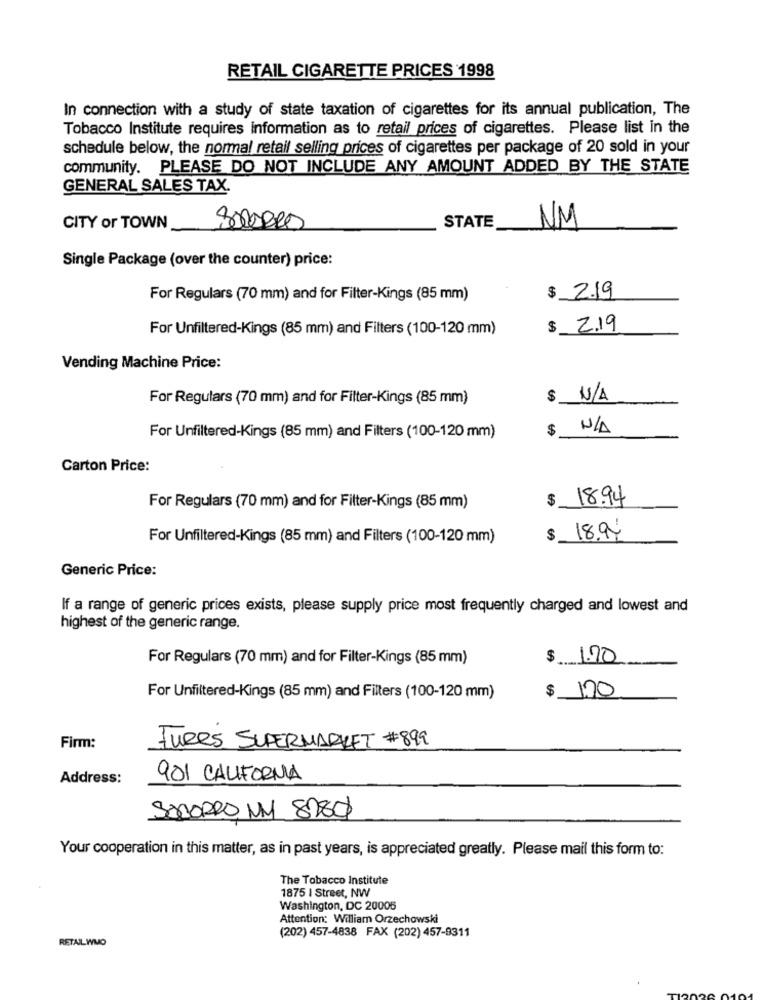
RETAIL CIGARETTE PRICES 1998
In connection with a study of state taxation of cigarettes for its annual publication, The
Tobacco Institute requires information as to retail prices of cigarettes. Please list in the
schedule below, the normal retail selling prices of cigarettes per package of 20 sold in your
community. PLEASE DO NOT INCLUDE ANY AMOUNT ADDED BY THE STATE
GENERAL SALES TAX.
NM
CITY or TOWN
STATE
Single Package (over the counter) price:
For Regulars (70 mm) and for Filter-Kings (85 mm)
$ 2.19
For Unfiltered-Kings (85 mm) and Filters (100-120 mm)
$ 2.19
Vending Machine Price:
For Regulars (70 mm) and for Filter-Kings (85 mm)
$ N/A
$
For Unfiltered-Kings (85 mm) and Filters (100-120 mm)
Carton Price:
18.94
For Regulars (70 mm) and for Filter-Kings (85 mm)
For Unfiltered-Kings (85 mm) and Filters (100-120 mm)
$ 18.97
Generic Price:
If a range of generic prices exists, please supply price most frequently charged and lowest and
highest of the generic range.
For Regulars (70 mm) and for Filter-Kings (85 mm)
$ 1.70
$ 170
For Unfiltered-Kings (85 mm) and Filters (100-120 mm)
Firm:
FURES SUPERMARKET #899
Address:
901 CALIFORNIA
SOCORRO MY 8780
Your cooperation in this matter, as in past years, is appreciated greatly. Please mail this form to:
The Tobacco Institute
1875 | Street, NW
Washington, DC 20005
Attention: William Orzechowski
RETAIL WMO
(202) 457-4838 FAX (202) 457-8311